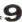
9